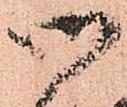
御